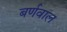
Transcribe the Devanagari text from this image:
बर्णवाल